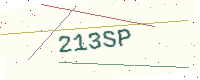
Text: 213SP